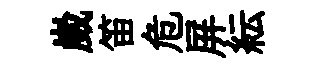
崴笛危屏紜